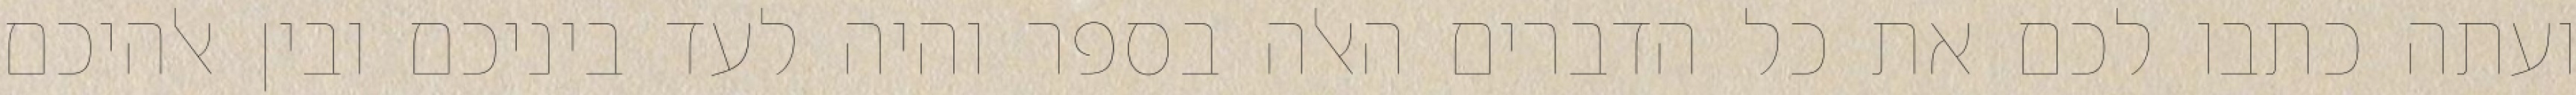
ועתה כתבו לכם את כל הדברים האלה בספר והיה לעד ביניכם ובין אלהיכם